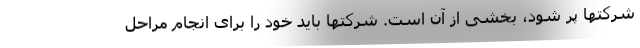
شرکتها پر شود، بخشی از آن است. شرکتها باید خود را برای انجام مراحل